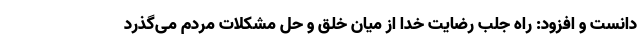
دانست و افزود: راه جلب رضایت خدا از میان خلق و حل مشکلات مردم می‌گذرد